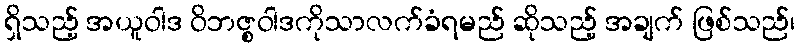
ရှိသည့် အယူဝါဒ ဝိဘဇ္စဝါဒကိုသာလက်ခံရမည် ဆိုသည့် အချက် ဖြစ်သည်၊